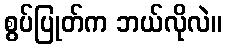
စွပ်ပြုတ်က ဘယ်လိုလဲ။